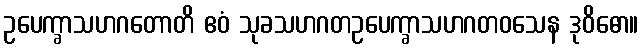
ဥပေက္ခာသဟဂတောတိ ဧဝံ သုခသဟဂတဥပေက္ခာသဟဂတဝသေန ဒုဝိဓော။